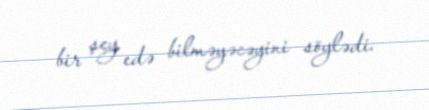
bir şey edə bilməyəcəyini söylədi.